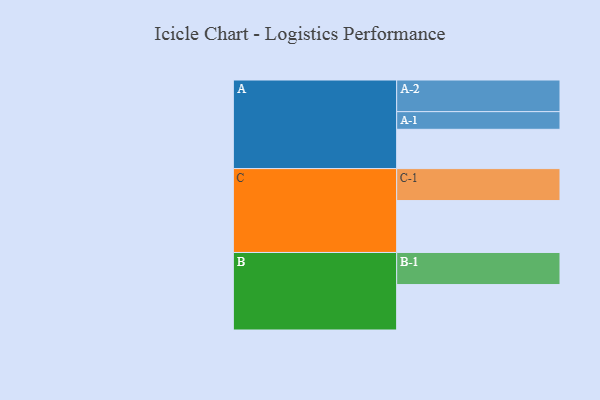
{"axis": {"x": "Segment", "y": "Value"}, "legend": ["", "A", "B", "C"], "data": [{"x": "A", "y": 365, "type": ""}, {"x": "B", "y": 422, "type": ""}, {"x": "C", "y": 482, "type": ""}, {"x": "A-1", "y": 164, "type": "A"}, {"x": "A-2", "y": 294, "type": "A"}, {"x": "B-1", "y": 298, "type": "B"}, {"x": "C-1", "y": 297, "type": "C"}]}